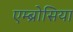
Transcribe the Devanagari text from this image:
एम्ब्रोसिया